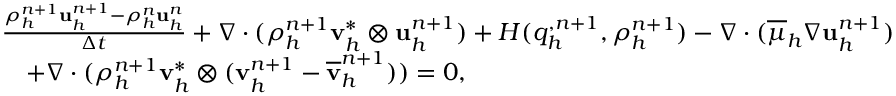
\begin{array} { r l } & { \frac { \rho _ { h } ^ { n + 1 } \mathbf u _ { h } ^ { n + 1 } - \rho _ { h } ^ { n } \mathbf u _ { h } ^ { n } } { \Delta t } + \nabla \cdot ( \rho _ { h } ^ { n + 1 } \mathbf v _ { h } ^ { * } \otimes \mathbf u _ { h } ^ { n + 1 } ) + H ( q _ { h } ^ { , n + 1 } , \rho _ { h } ^ { n + 1 } ) - \nabla \cdot ( \overline { { \mu } } _ { h } \nabla { \mathbf u } _ { h } ^ { n + 1 } ) } \\ & { \quad + \nabla \cdot ( \rho _ { h } ^ { n + 1 } \mathbf v _ { h } ^ { * } \otimes ( \mathbf v _ { h } ^ { n + 1 } - \overline { { \mathbf v } } _ { h } ^ { n + 1 } ) ) = \boldsymbol { 0 } , } \end{array}